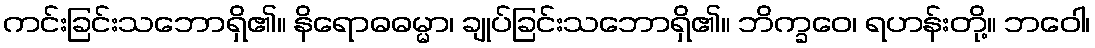
ကင်းခြင်းသဘောရှိ၏။ နိရောဓဓမ္မာ၊ ချုပ်ခြင်းသဘောရှိ၏။ ဘိက္ခဝေ၊ ရဟန်းတို့။ ဘဝေါ၊